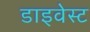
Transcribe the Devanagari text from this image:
डाइवेस्ट